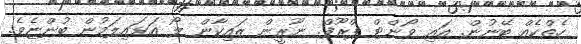
ހެތްކެއް ބޭނުން. އައި ވޯންޓް ޕްރޫފް. ނޫރީން ޒައިކާން ލޯ އަޅައިލަމުން ބުންޏެވެ.